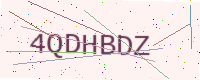
Text: 4QDHBDZ